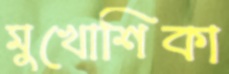
মুখোশিকা